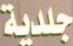
جلدية